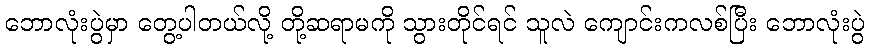
ဘောလုံးပွဲမှာ တွေ့ပါတယ်လို့ တို့ဆရာမကို သွားတိုင်ရင် သူလဲ ကျောင်းကလစ်ပြီး ဘောလုံးပွဲ